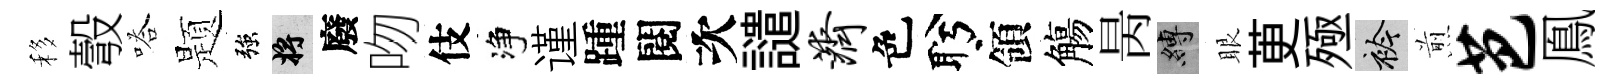
移彀嗒题強將廢吻伎净谨踵閱次譴济色盻領觴昺縛眼茰殛衿煎芭鳯